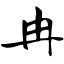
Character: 冉